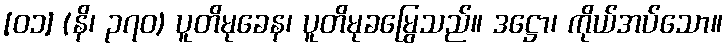
[၀၁] (နိ၊ ၃၇၀) ပူတိမုခေန၊ ပူတိမုခမြွေသည်။ ဒဋ္ဌော၊ ကိုယ်အပ်သော။